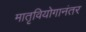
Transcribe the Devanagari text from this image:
मातृवियोगानंतर